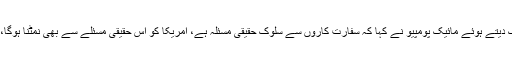
امریکا کی خارجہ امور کمیٹی کو بریفنگ دیتے ہوئے مائیک پومپیو نے کہا کہ سفارت کاروں سے سلوک حقیقی مسئلہ ہے، امریکا کو اس حقیقی مسئلے سے بھی نمٹنا ہوگا، جس کے لیے اقدامات کی ضرورت ہے۔